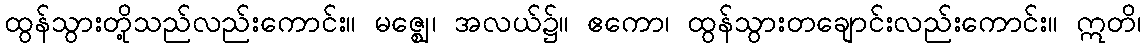
ထွန်သွားတို့သည်လည်းကောင်း။ မဇ္ဈေ၊ အလယ်၌။ ဧကော၊ ထွန်သွားတချောင်းလည်းကောင်း။ ဣတိ၊